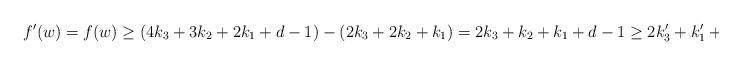
LaTeX: \begin{align*}f'(w)=f(w)\geq (4k_3+3k_2+2k_1+d-1) - (2k_3+2k_2+k_1) = 2k_3+k_2+k_1+d-1 \ge 2k_3'+k_1'+k'_2+1,\end{align*}